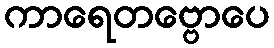
ကာရေတဗ္ဗောပေ